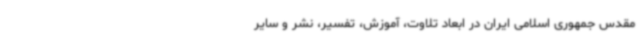
مقدس جمهوری اسلامی ایران در ابعاد تلاوت، آموزش، تفسیر، نشر و سایر